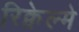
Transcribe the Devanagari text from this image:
रिक्वेल्मे